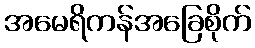
အမေရိကန်အခြေစိုက်